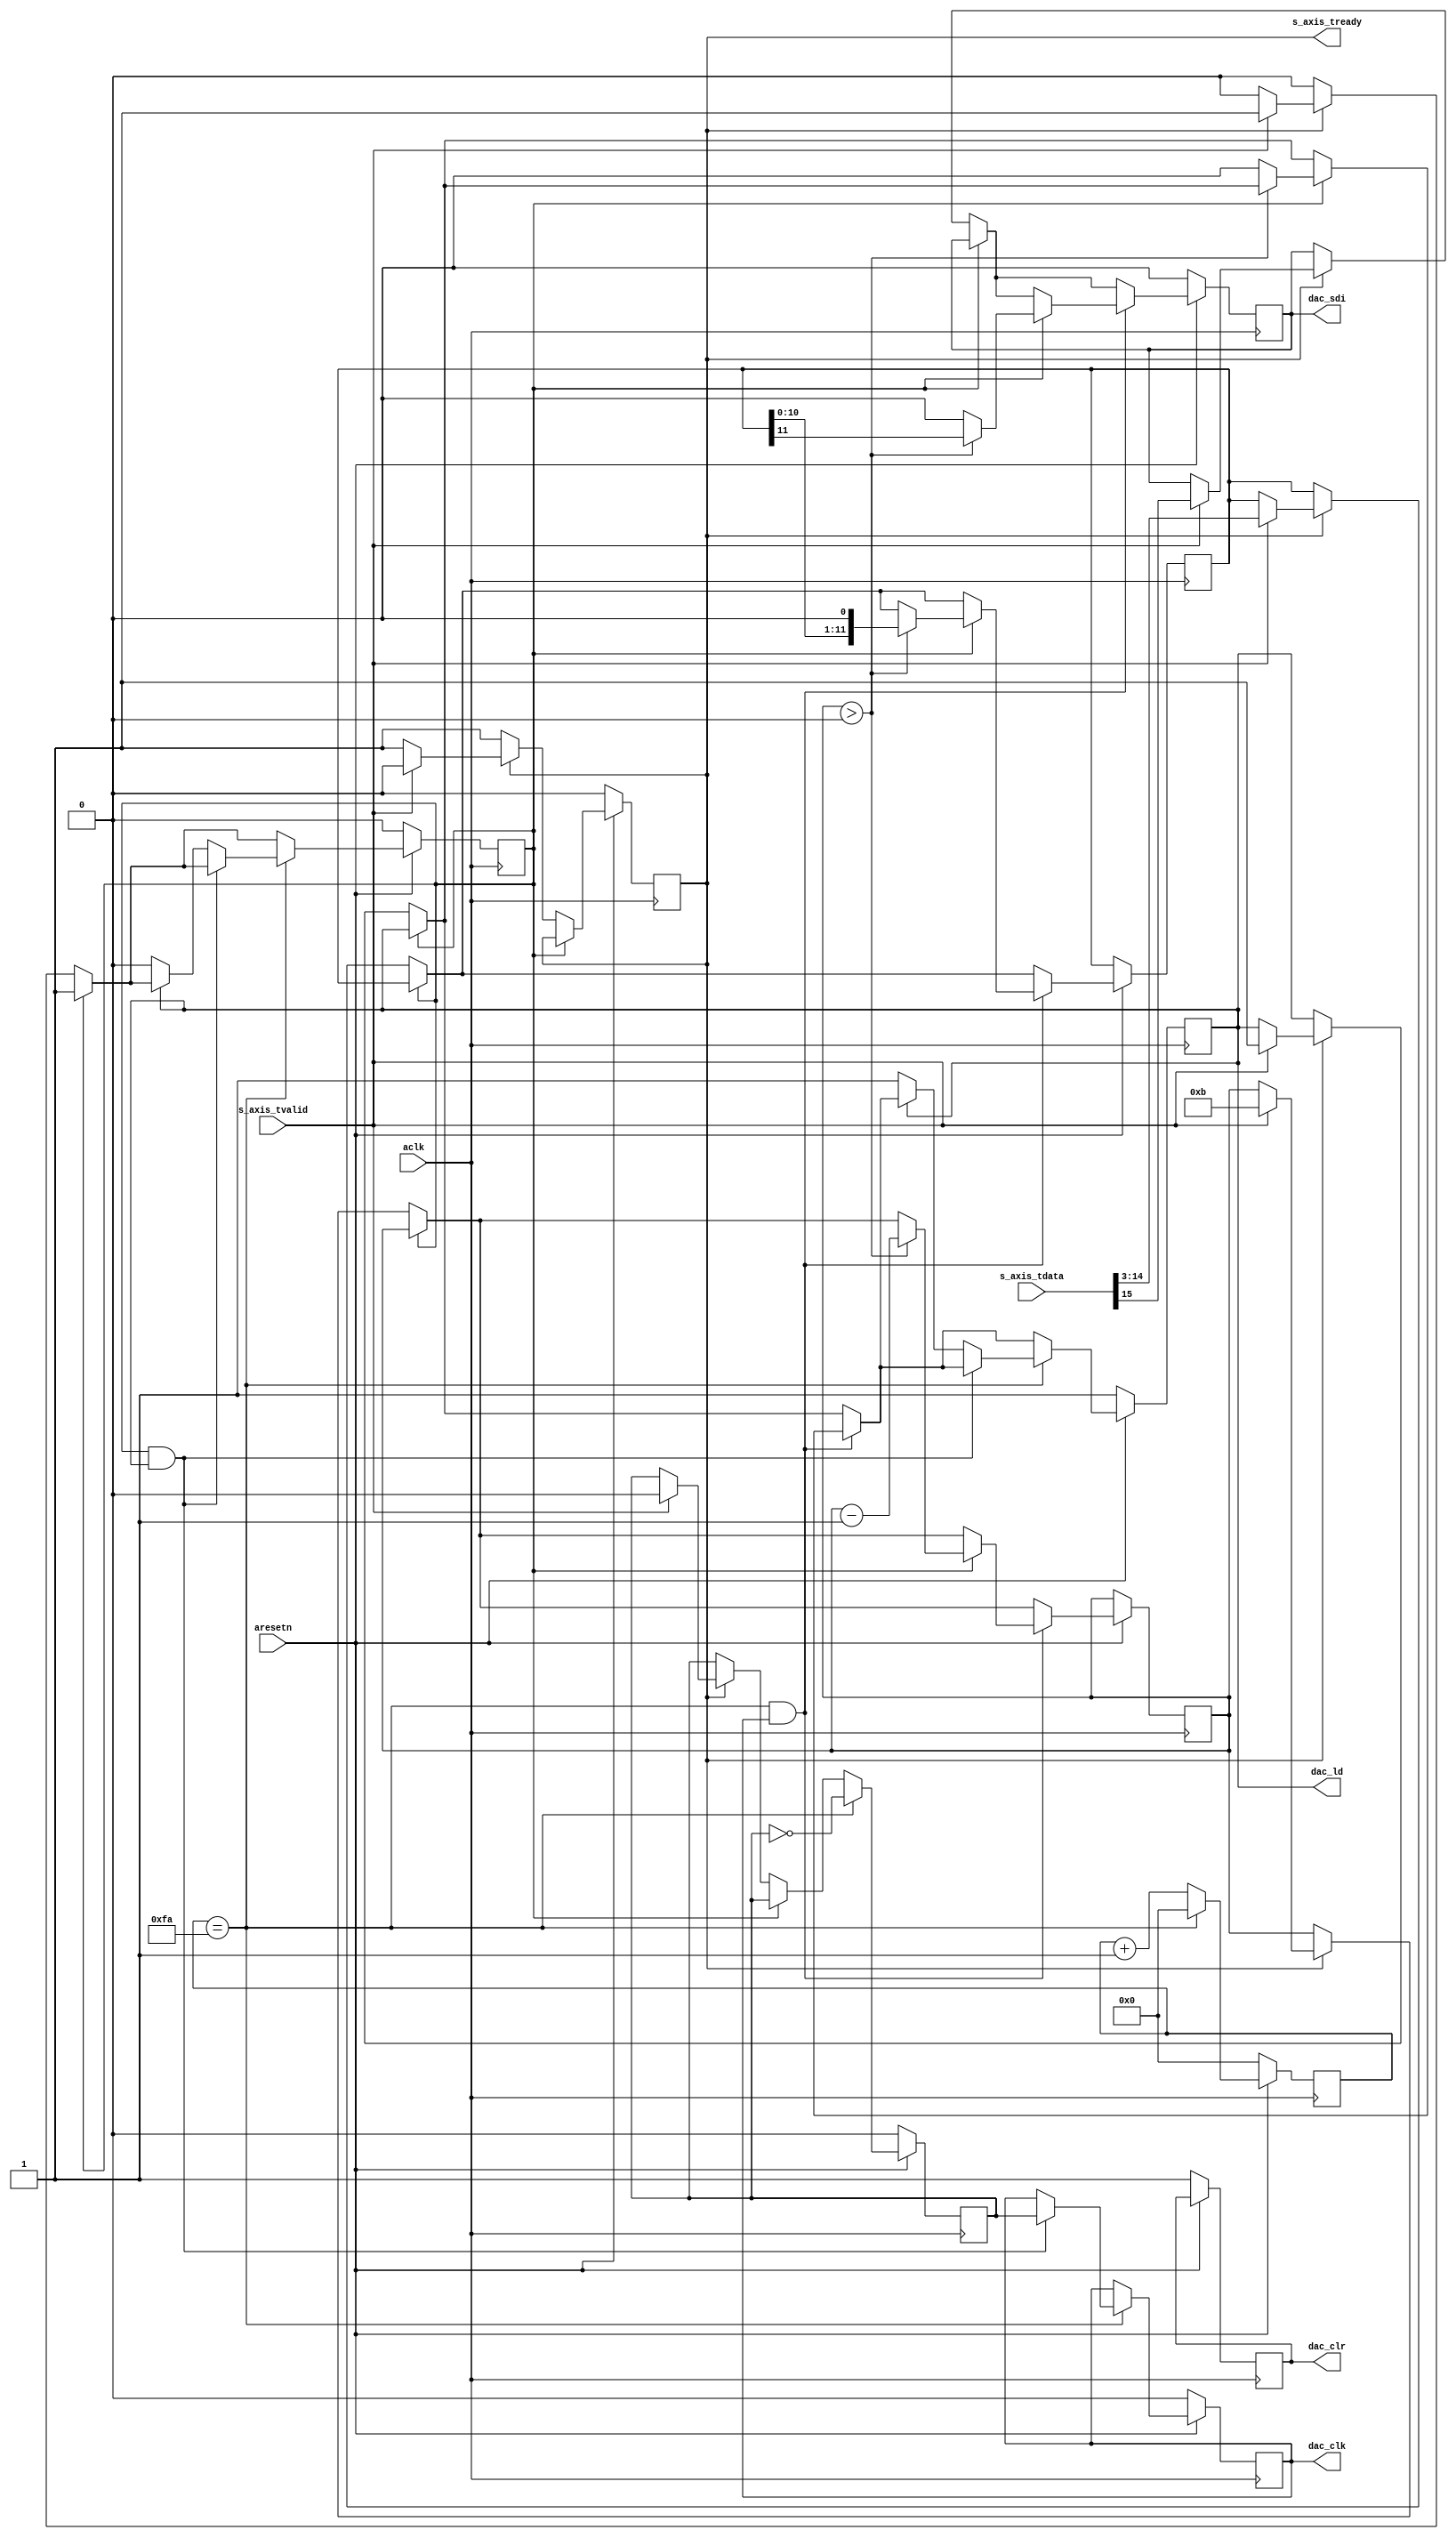
module ad7390 #
(
    parameter integer CLK_DIV = 250,
    parameter integer DAC_WIDTH = 12,
    parameter integer AXI_WIDTH = 16
)
(  
    input  wire                 aclk,
    input  wire                 aresetn,
  
    output reg                  s_axis_tready,
    input  wire [AXI_WIDTH-1:0] s_axis_tdata,
    input  wire                 s_axis_tvalid,
  
    output reg                  dac_clk,
    output reg                  dac_sdi,
    output reg                  dac_ld,
    output reg                  dac_clr
);

reg [15:0] int_clk_div;
reg int_clk;

reg [DAC_WIDTH-1:0] data_reg;
reg data_rx;
reg [3:0] data_rx_bit;

always @(posedge aclk) begin

    if (~aresetn) begin
    
        // Reset clock divider
        int_clk <= 1'b0;
        int_clk_div <= 16'b0;
        
        // Reset outputs
        s_axis_tready <= 1'b0;
        dac_clk <= 1'b0;
        dac_sdi <= 1'b0;
        dac_clr <= 1'b1;
        dac_ld  <= 1'b1;
        
        // Reset internal state
        data_rx <= 1'b0;
        
    end else begin
    
        // Accept a new AXI-Stream transfer when possible
        if (~data_rx) begin
            if (~s_axis_tready) begin
                s_axis_tready <= 1'b1;
            end else if (s_axis_tvalid) begin
                s_axis_tready <= 1'b0;
                data_reg <= s_axis_tdata[AXI_WIDTH-2:AXI_WIDTH-DAC_WIDTH-1];
                dac_sdi <= s_axis_tdata[AXI_WIDTH-1];
                data_rx <= 1'b1;
                data_rx_bit <= DAC_WIDTH - 1;
                dac_ld <= 1'b1;
                
                // Reset clock divider
                int_clk_div <= 1'b0;
                int_clk <= 1'b0;
            end
        end
        
        // Transmit data on negative edges
        if (int_clk_div == CLK_DIV && dac_clk == 1) begin
            if (data_rx) begin
                if (data_rx_bit > 0) begin
                    data_rx_bit <= data_rx_bit - 1;
                    {dac_sdi, data_reg} <= {data_reg, 1'b0};
                end else begin
                    dac_ld <= 1'b0;
                    dac_sdi <= 1'b0;
                end
            end
        end
        
        // Generate divided clock
        if (int_clk_div == CLK_DIV) begin
            int_clk_div <= 0;
            int_clk <= ~int_clk;
            
            if (data_rx && dac_ld) begin
                dac_clk <= int_clk;
            end else if (~dac_ld) begin
                dac_ld <= 1'b1;
                data_rx <= 1'b0;
            end
            
        end else begin
            int_clk_div <= int_clk_div + 1;
        end
    end
end

endmodule